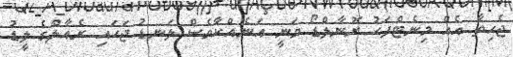
ޖެހިތާ އެއް މިނެޓްފަހު ރޮނާލްޑޯ ވަނީ އަނެއްކާވެސް ލަނޑު ޖަހައި ރެއާލްގެ ލީޑު